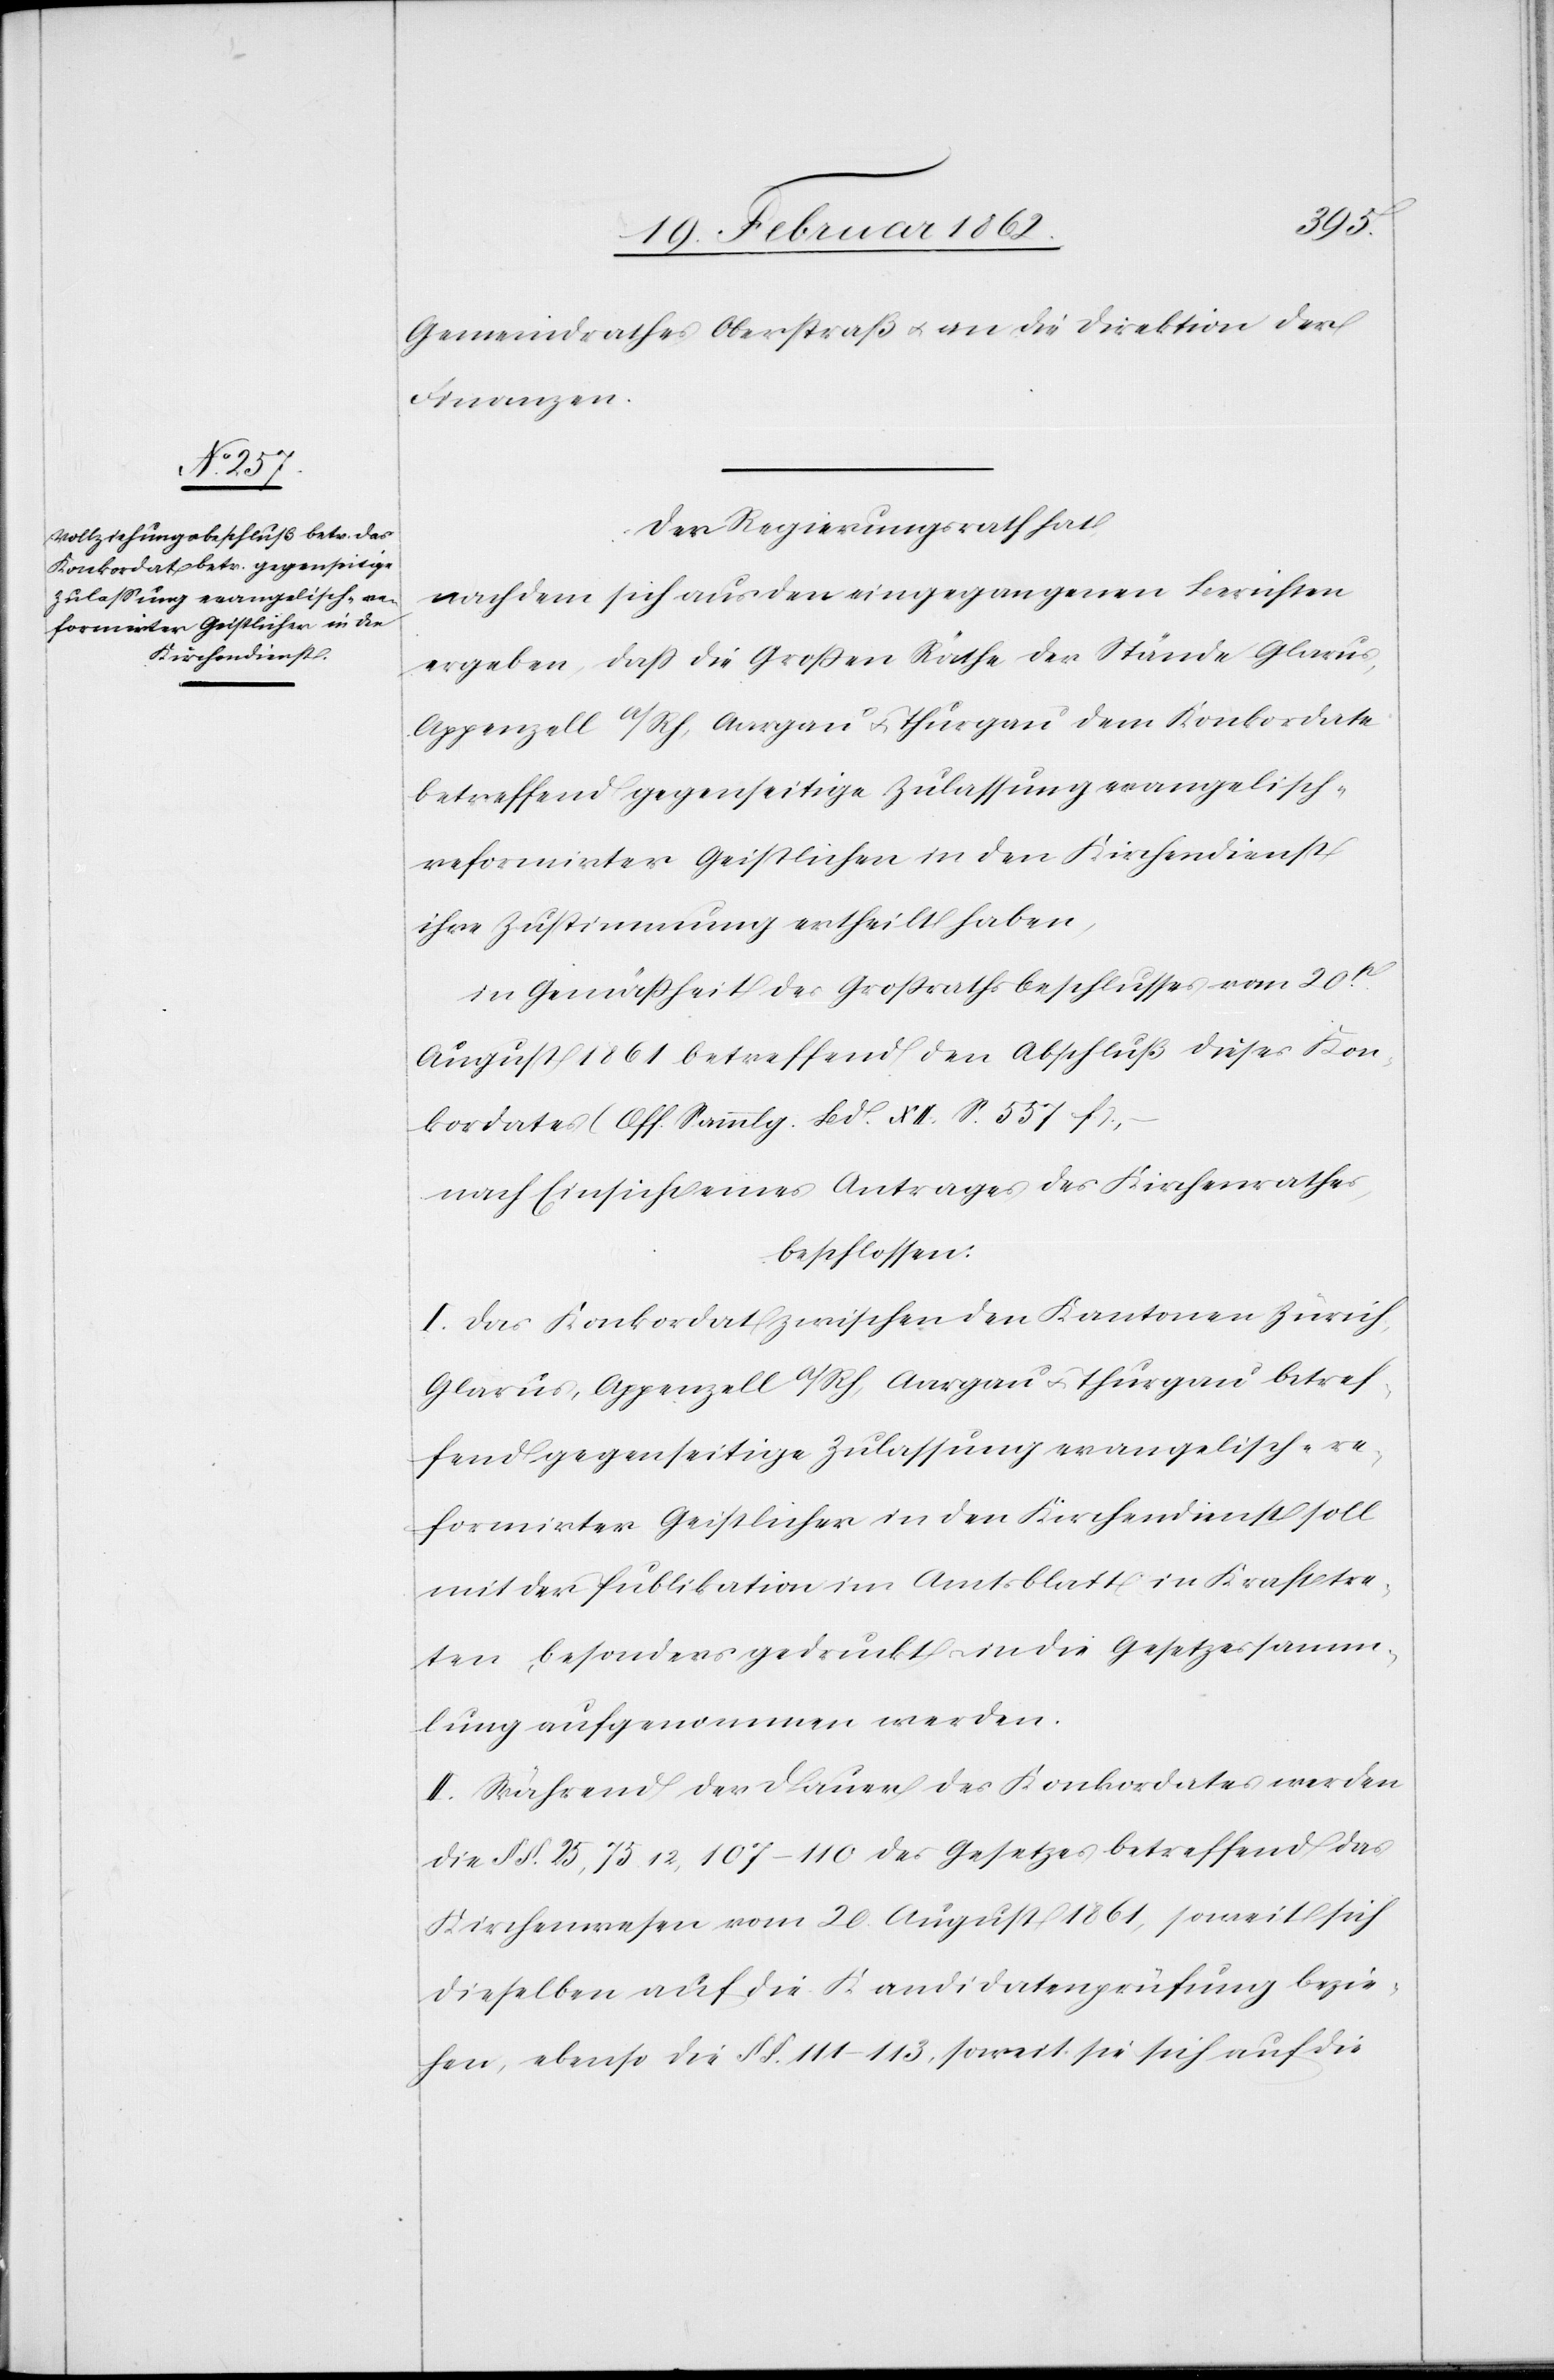
eformirter Geistlicher in den
Kirchendienst

Gemeindrathes Oberstraß u. an die Direktion der
Finanzen.
Der Regierungsrath hat,
nachdem sich aus den eingegangenen Berichten
ergeben, daß die Großen Räthe der Stände Glarus,
Appenzell a/Rh, Aargau u. Thurgau dem Konkordate
betreffend gegenseitige Zulassung evangelisch-r¬
ihre Zusimmung ertheilt haben,
in Gemäßheit des Großrathsbeschlusses vom 20t.
August 1861 betreffend den Abschluß dieses Kon¬
kordates (Off. Sammlg. Bd. XII. S. 557 f),
nach Einsicht eines Antrages des Kirchenrathes,
beschlossen:
I. Das Konkordat zwischen den Kantonen Zürich,
Glarus, Appenzell a/Rh, Aargau u. Thurgau betref¬
fend gegenseitige Zulassung evangelisch-re¬
formirter Geistlicher in den Kirchendienst soll
mit der Publikation im Amtsblatt in Kraft tre¬
ten, besonders gedruckt in die Gesetzessamm¬
lung aufgenommen werden.
II. Während der Dauer des Konkordates werden
die § §. 25, 75 12, 107–110 des Gesetzes betreffend das
Kirchenwesen vom 20. August 1861, soweit sich
dieselben auf die Kandidatenprüfung bezie¬
hen, ebenso die § §. 111–113, soweit sie sich auf die